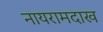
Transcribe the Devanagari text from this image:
नायरामदाख